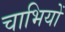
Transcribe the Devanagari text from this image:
चाभियों